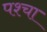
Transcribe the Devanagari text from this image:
पश्चा